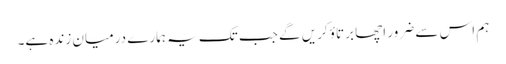
ہم اس سے ضرور اچھا برتاؤ کریں گے جب تک یہ ہمارے درمیان زندہ ہے۔